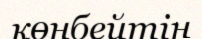
көнбейтін